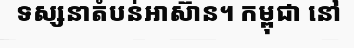
ទស្សនាតំបន់អាស៊ាន។ កម្ពុជា នៅ